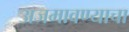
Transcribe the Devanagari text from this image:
अजमावण्याचा